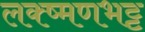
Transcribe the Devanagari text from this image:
लक्ष्मणभट्ट